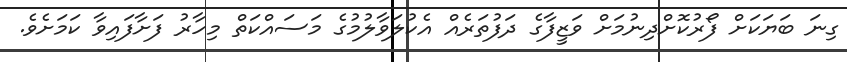
ގިނަ ބަޔަކަށް ފޯރުކޮށްދިނުމަށް ވަޒީފާގެ ދަފުތަރެއް އެކުލަވާލުމުގެ މަސައްކަތް މިހާރު ފަށާފައިވާ ކަމަށެވެ.